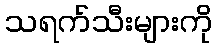
သရက်သီးများကို